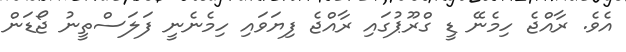
އެވެ. ރާއްޖެ ހިމެނޭ ޑީ ގްރޫޕުގައި ރާއްޖެ ފިޔަވައި ހިމެނެނީ ފަލަސްތީނު ޖޯޑަން